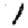
Digit: 1